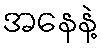
အနေနဲ့